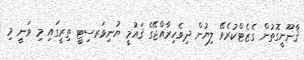
ޤާނޫނީގޮތުން ގެޒެޓްކުރެވޭ ލިޔުން ދިވެހިރާއްޖޭގެ ޤައުމީ ޔުނިވަރސިޓީ ތިރީގައި މި ވަނީ މި